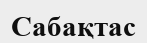
Сабақтас